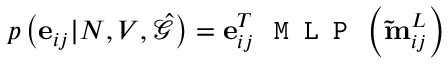
p \left( \mathbf { e } _ { i j } | N , V , \hat { \mathcal { G } } \right) = \mathbf { e } _ { i j } ^ { T } \, \texttt { M L P } \left( \mathbf { \tilde { m } } _ { i j } ^ { L } \right)